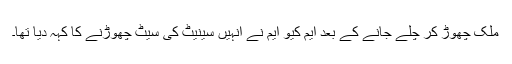
ملک چھوڑ کر چلے جانے کے بعد ایم کیو ایم نے انہیں سینیٹ کی سیٹ چھوڑنے کا کہہ دیا تھا۔